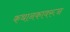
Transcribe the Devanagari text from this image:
कथानकावरून